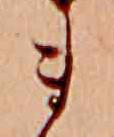
ま